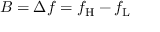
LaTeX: B = \Delta f = f _ { \mathrm { H } } - f _ { \mathrm { L } }